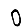
Digit: 0